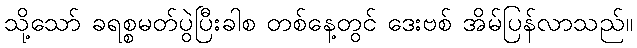
သို့သော် ခရစ္စမတ်ပွဲပြီးခါစ တစ်နေ့တွင် ဒေးဗစ် အိမ်ပြန်လာသည်။